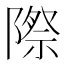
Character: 際